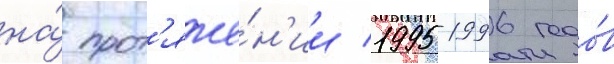
на́ прот'яже́н'ии 1995-1996 годо́в